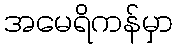
အမေရိကန်မှာ